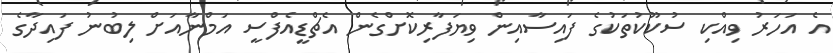
އެ އަހަރު ވިއްކި ސުކޫކުތަކުގެ ފައިސާއިން ވިޔަފާރިކޮށްގެން އެޗްޑީއެފްސީ އަމްނާއަށް ލިބުނު ފައިދާގެ